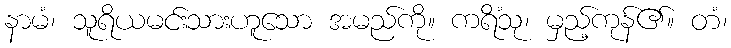
နာမံ၊ သူရိယမင်းသားဟူသော အမည်ကို။ ကရိံသု၊ မှည့်ကုန်၏။ တံ၊